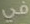
في